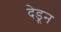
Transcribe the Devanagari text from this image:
देडून